Rae_vallavalitsus, lk 123
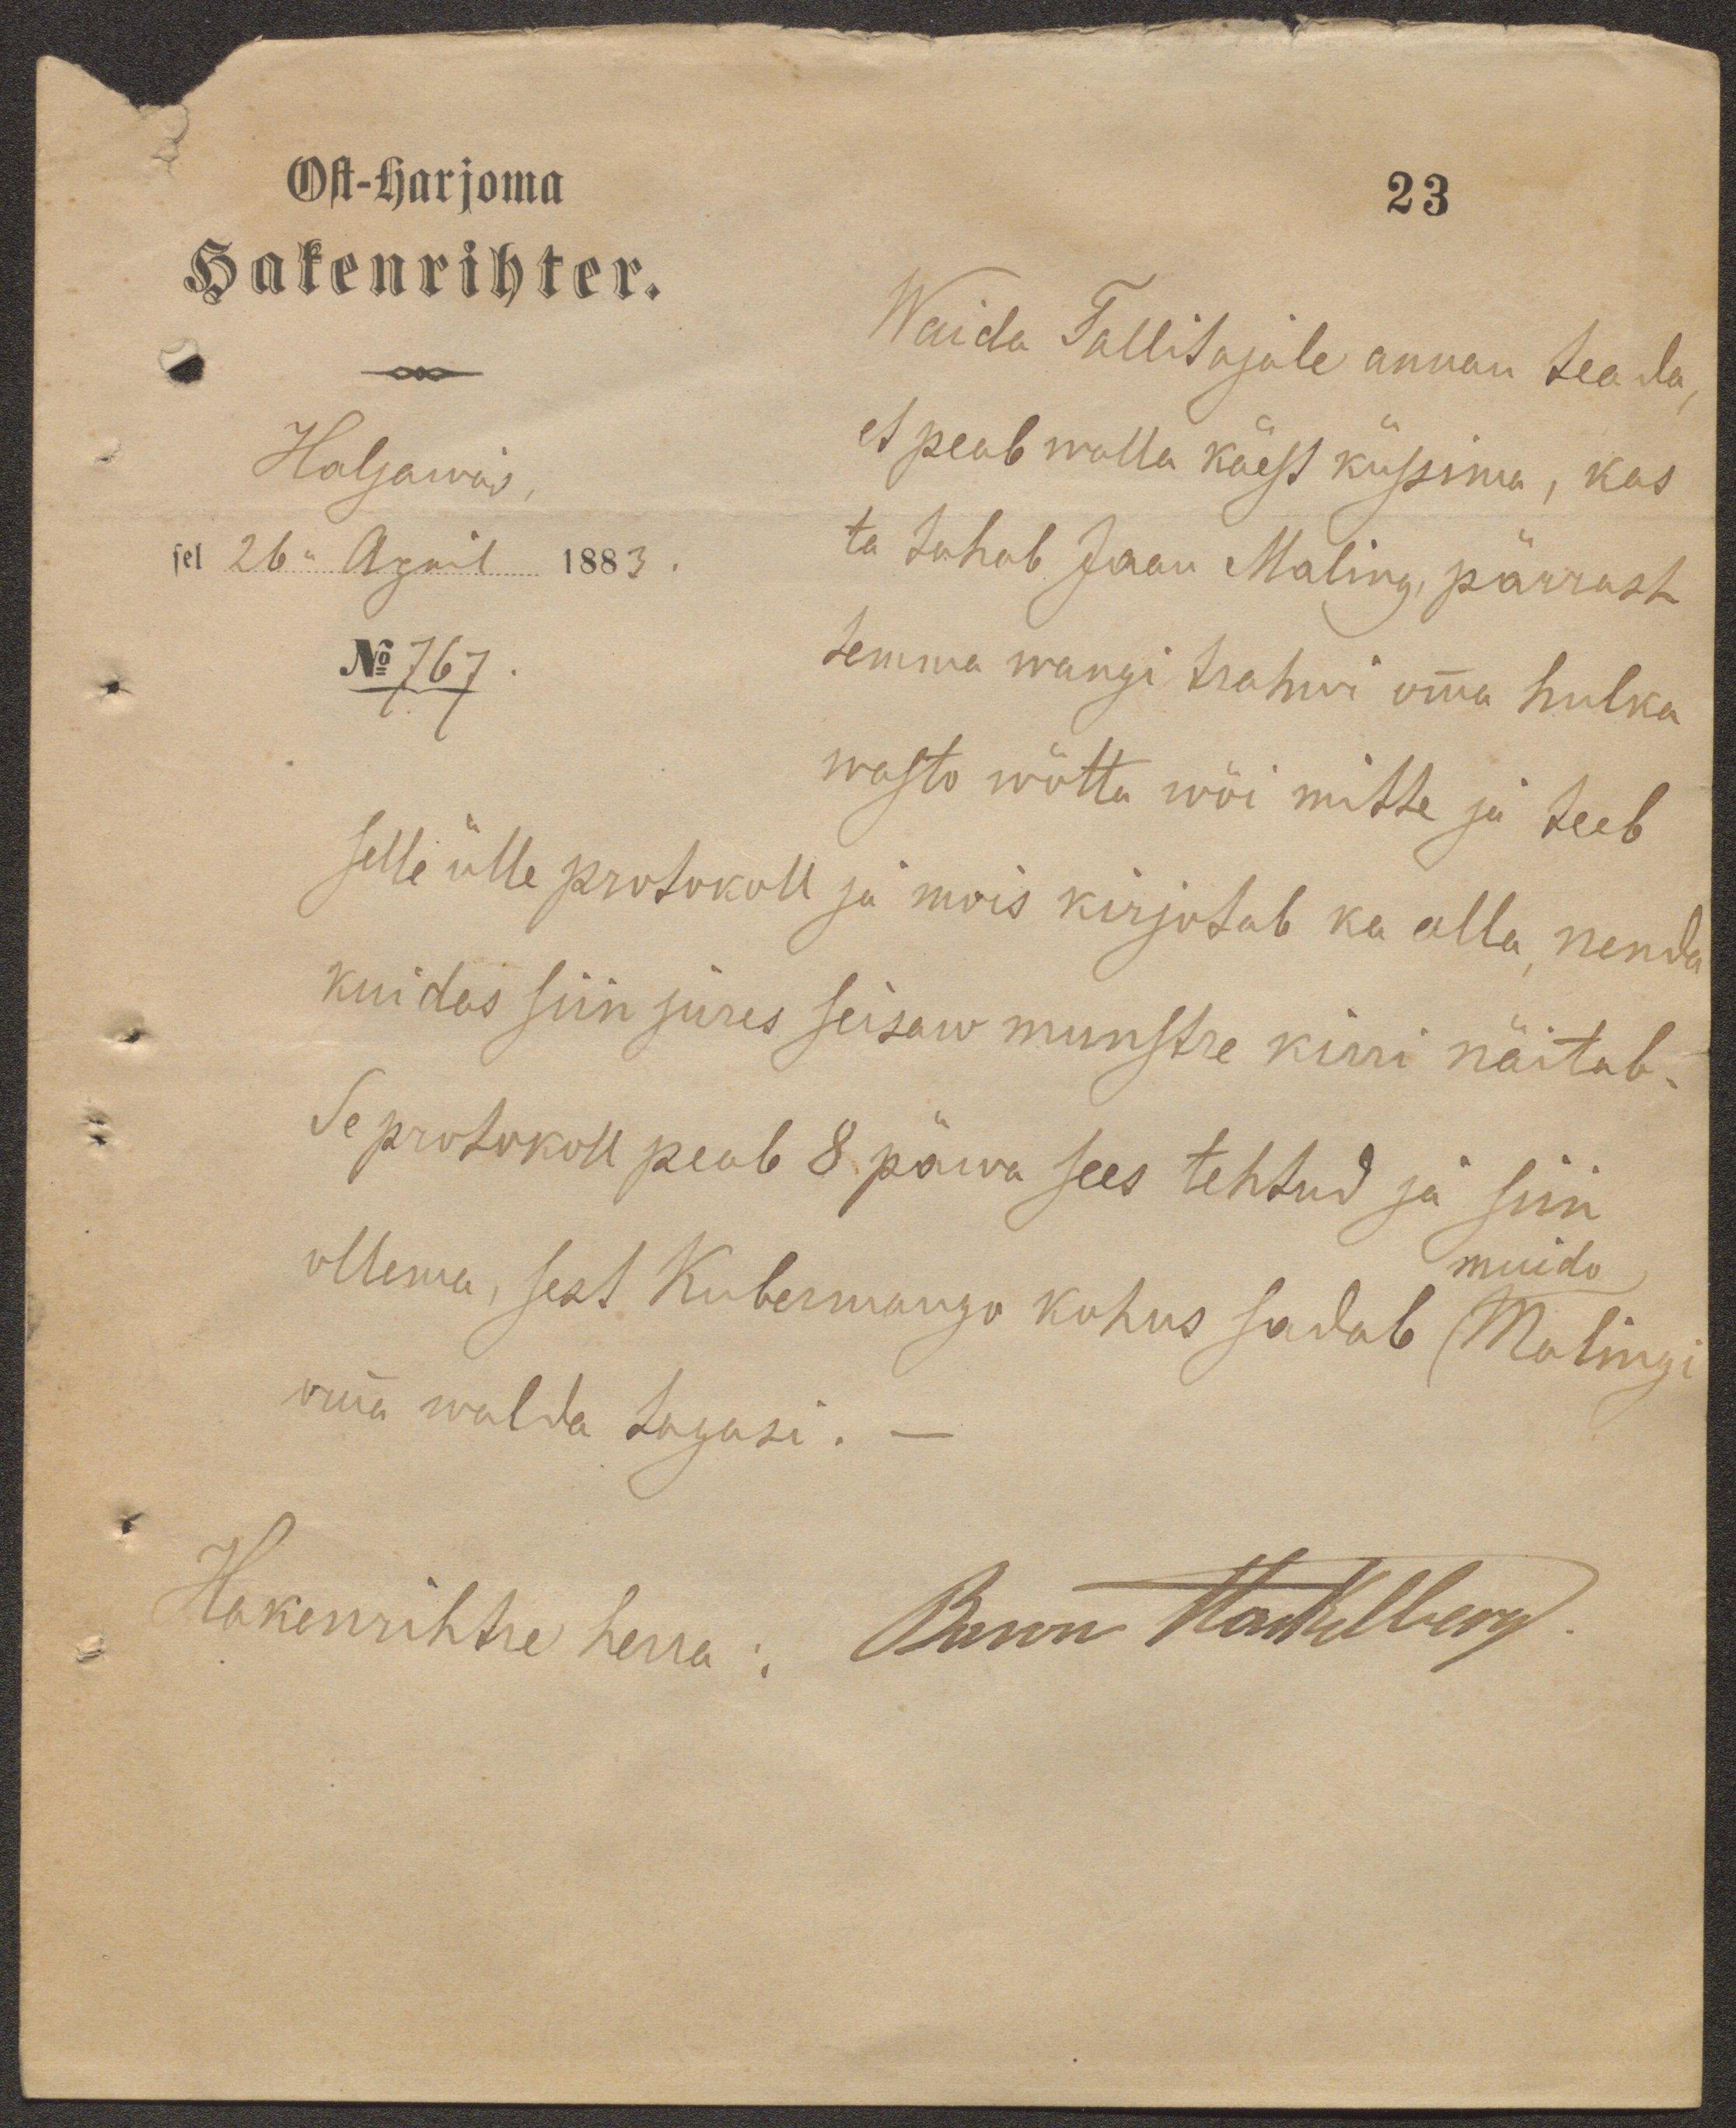
Ost-harjoma
Hakenrihter.
Haljawas,
sel 26n April 1883.
No 767.
Waida Tallitajale annan teada,
et peab walla käest küssima, kas
ta tahab Jaan Maling, pärrast
temma wangi trahwi omma hulka
wasto wõtta wõi mitte ja teeb
selle ülle protokoll ja mois kirjutab ka alla, nenda
kuidas siin jures seisaw munstre kirri näitab.
Se protokoll peab 8 päwa sees tehtud ja siin
muido
ollema, sest Kubermango kohus sadab (Malingi
omma walda tagasi. -
Hakenrihtre herra: Baron Stackelberg.

23